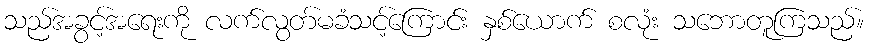
သည်အခွင့်အရေးကို လက်လွတ်မခံသင့်ကြောင်း နှစ်ယောက် စလုံး သဘောတူကြသည်။